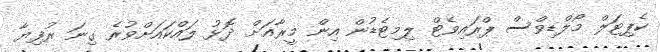
ކެޕިޓަލް މޯލްޑިވްސް ޕްރައިވެޓް ލިމިޓެޑުން އިން މީރާއަށް ދޮޅު ލައްކައަށްވުރެ ގިނަ ރުފިޔާ